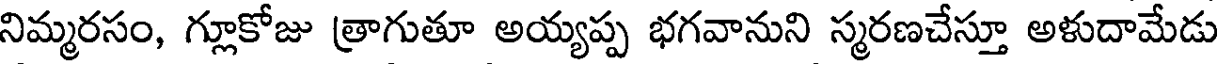
నిమ్మరసం, గ్లూకోజు త్రాగుతూ అయ్యప్ప భగవానుని స్మరణచేస్తూ అళుదామేడు